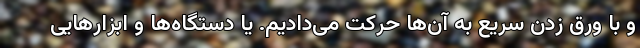
و با ورق زدن سریع به آن‌ها حرکت می‌دادیم. یا دستگاه‌ها و ابزارهایی